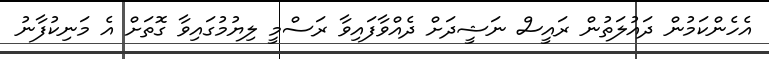
އެހެންކަމުން ދައުލަތުން ރައީސް ނަޝީދަށް ދެއްވާފައިވާ ރަސްމީ ލިޔުމުގައިވާ ގޮތަށް އެ މަނިކުފާނު